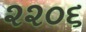
૨૨૦૬